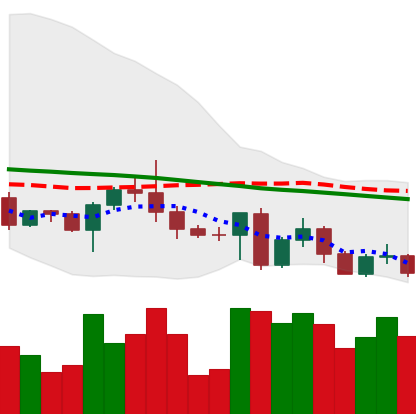
Ticker: BTC-USD
Chart end date: 2022-05-03
Forward return: -9.778%
Label: down_7plus